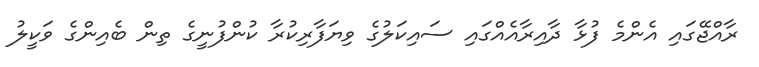
ރާއްޖޭގައި އެންމެ ފުޅާ ދާއިރާއެއްގައި ސައިކަލުގެ ވިޔަފާރިކުރާ ކުންފުނީގެ ތިން ބެއިންގެ ވަކީލު